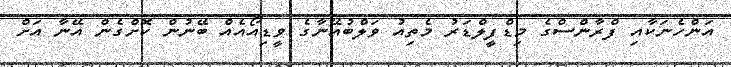
އަންހެނަކާއި ފްރާންސްގެ މިޑްފީލްޑަރު މެތިއު ވަލްބުއޭނާގެ ވީޑިއޯއެއް ބޭނުން ކޮށްގެން އޭނާ އަށް